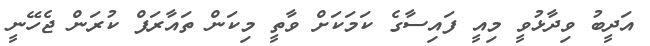
އަދީބު ވިދާޅުވީ މިއީ ފައިސާގެ ކަމަކަށް ވާތީ މިކަން ތައާރަފް ކުރަން ޖެހޭނީ